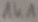
Text: 1K1